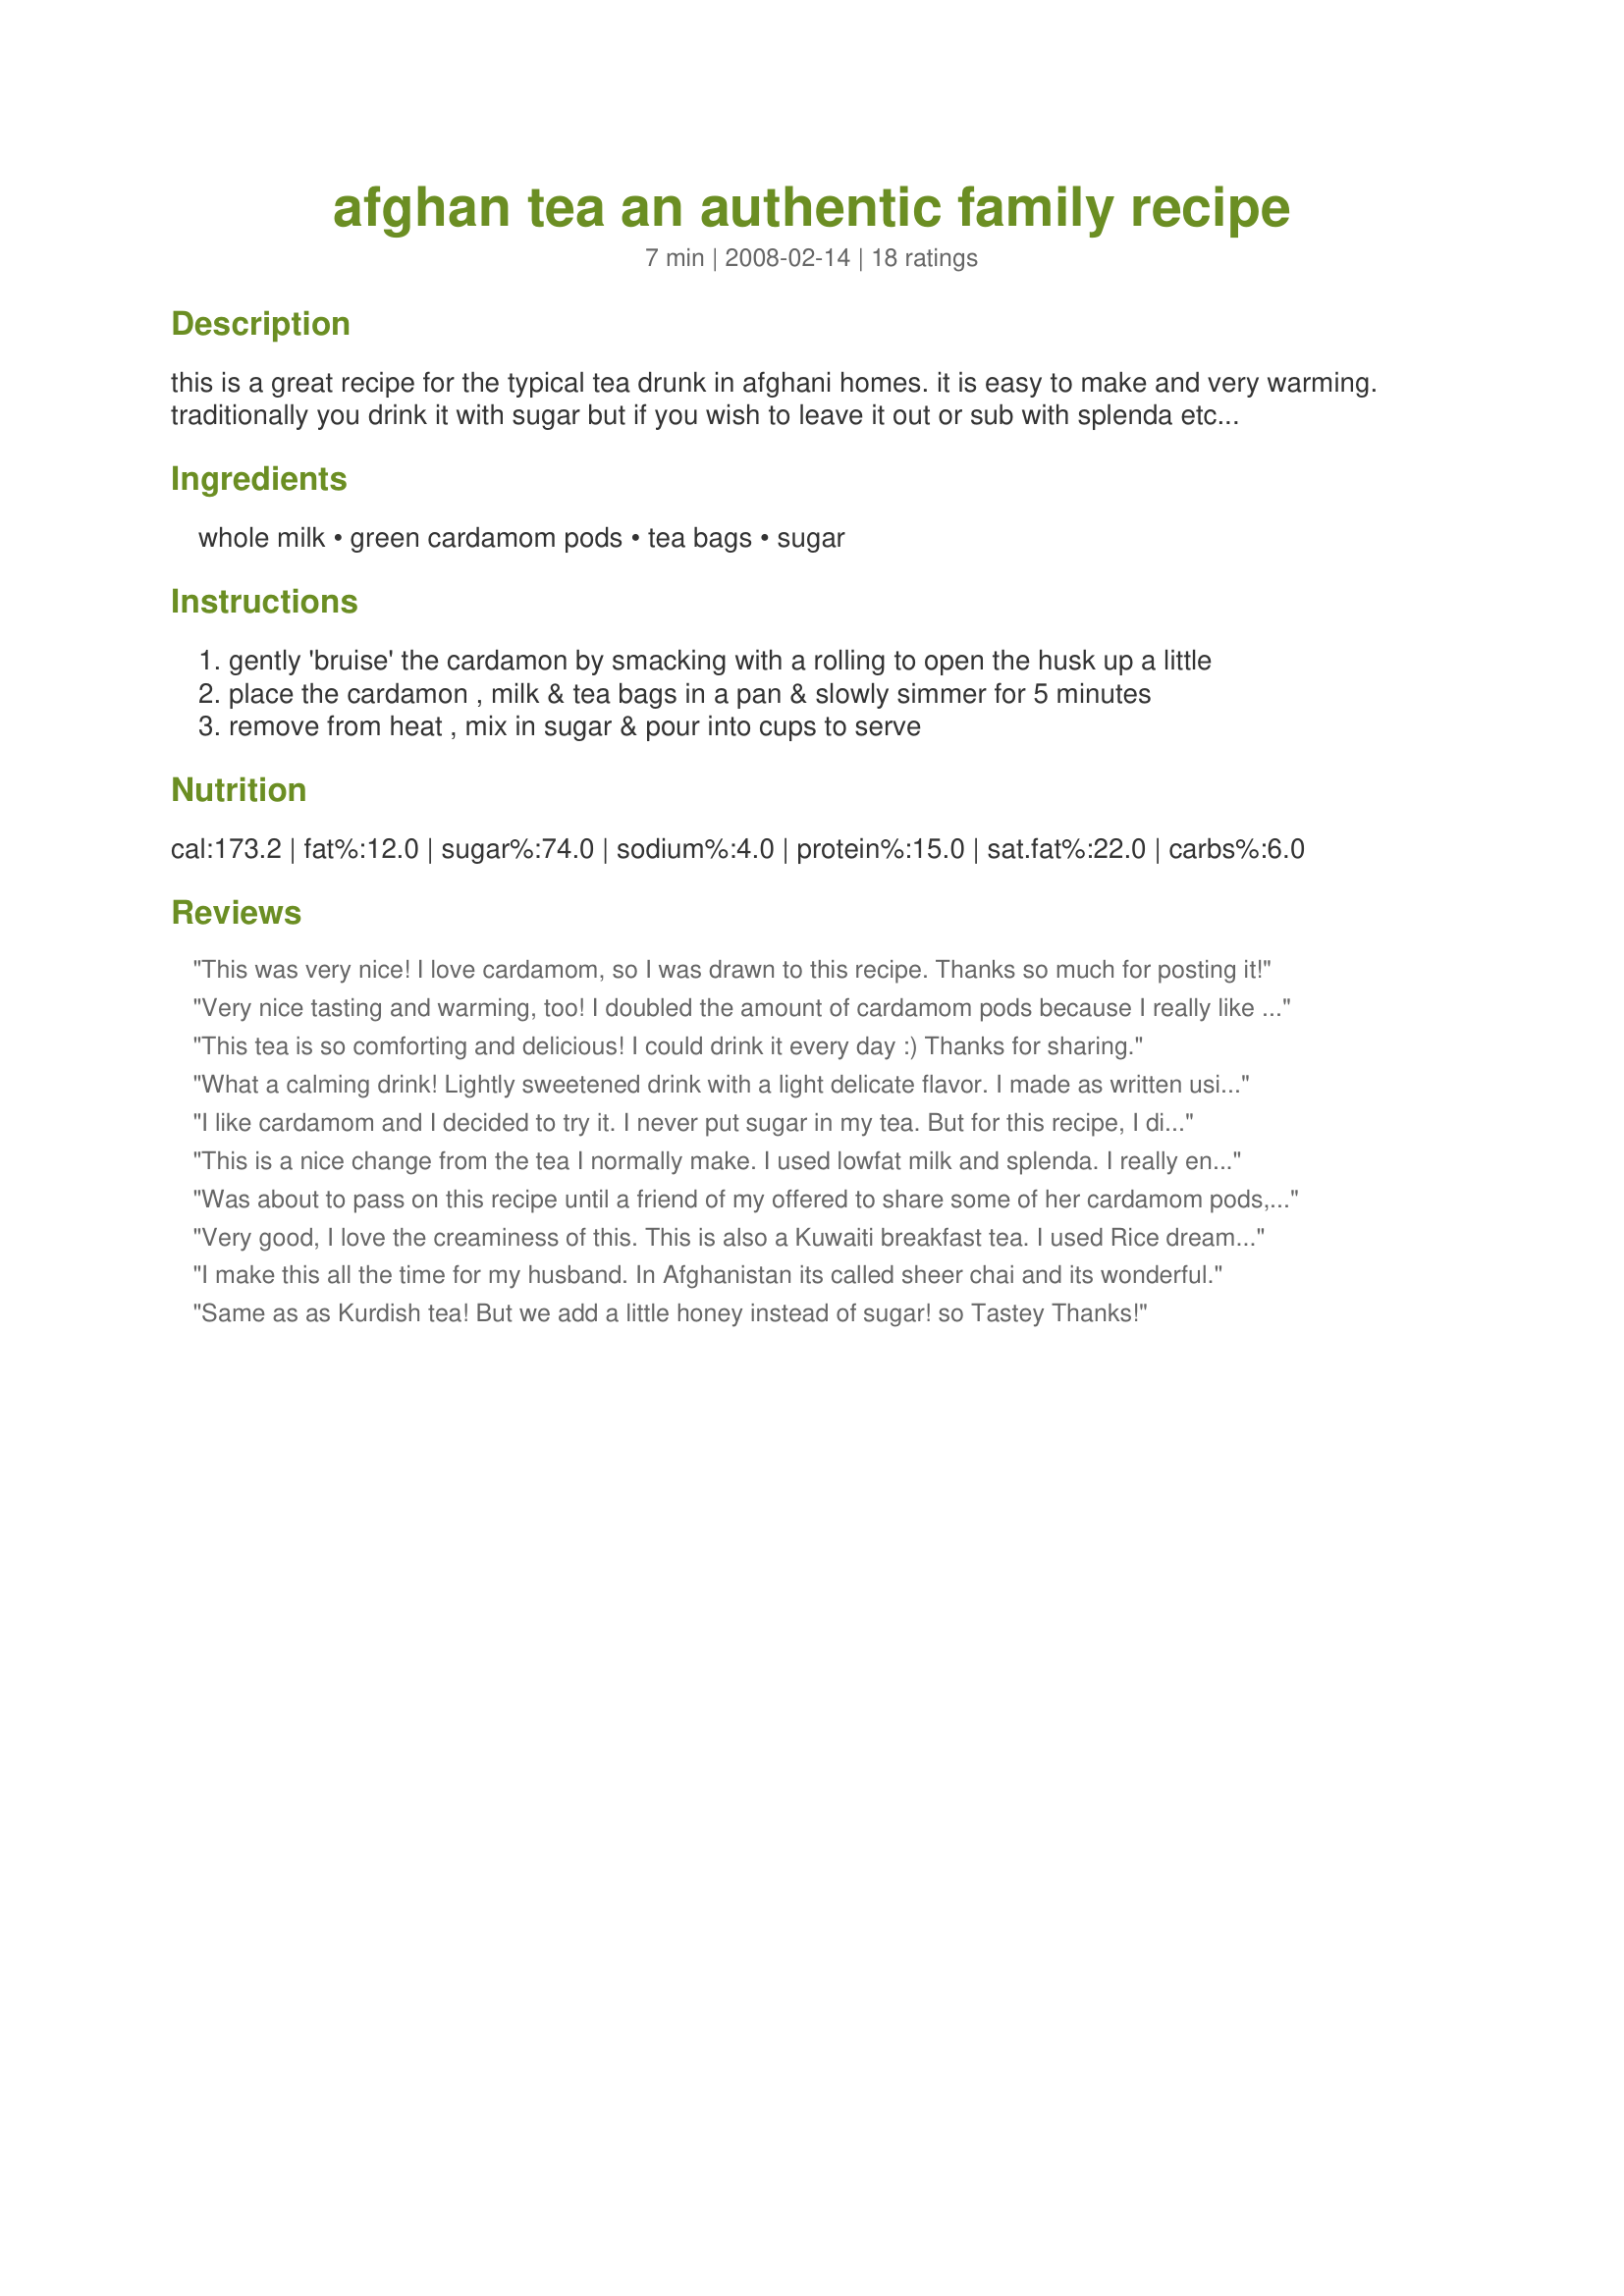
afghan tea an authentic family recipe
Preparation time: 7 minutes

this is a great recipe for the typical tea drunk in afghani homes. it is easy to make and very warming. traditionally you drink it with sugar but if you wish to leave it out or sub with splenda etc, that's ok!

Ingredients:
whole milk, green cardamom pods, tea bags, sugar

Steps:
gently 'bruise' the cardamon by smacking with a rolling to open the husk up a little
place the cardamon , milk & tea bags in a pan & slowly simmer for 5 minutes
remove from heat , mix in sugar & pour into cups to serve

Reviews:
This was very nice! I love cardamom, so I was drawn to this recipe. Thanks so much for posting it!
Very nice tasting and warming, too! I doubled the amount of cardamom pods because I really like the flavor of cardamom. Will be making this again!
This tea is so comforting and delicious! I could drink it every day :) Thanks for sharing.
What a calming drink! Lightly sweetened drink with a light delicate flavor. I made as written using honey as my sweetener. Thanks for the post.
I like cardamom and I decided to try it. I never put sugar in my tea. But for this recipe, I did. But I think I would have prefered it without sugar. I loved the texture. I did half the recipe (1 1/2 bag was needed but it's hard to divide so I used only 1 tea bag). Next time I'll try the whole recipe when I won't be alone to drink it. Thanks Um Safia. Made for ZWT 4
This is a nice change from the tea I normally make. I used lowfat milk and splenda. I really enjoyed this.
Was about to pass on this recipe until a friend of my offered to share some of her cardamom pods, so I brewed a cup for each of us! Sooo easy, & very nice to the taste buds! I usually go for 2% fat in milk, but used the whole kind this time around! Great tea! [Made & reviewed while in Asia on Zaar's World Tour 4]
Very good, I love the creaminess of this. This is also a Kuwaiti breakfast tea. I used Rice dream to be dairy free and an additional cardamom pod or 2 as I love the flavour. I used Lipton Yellow Label tea and white sugar. I might make this again. Made for Comfort Cafe - Snow Queens Round 01/10.
I make this all the time for my husband. In Afghanistan its called sheer chai and its wonderful.
Same as as Kurdish tea! But we add a little honey instead of sugar! so Tastey Thanks!
This is also a great way to prepare tea for little kids...excellent recipe!
This was the perfect drink for a rainy afternoon. It was warm and comforting, creamy with a subtle hint of chai spice- yet not overpoweringly so. Made with five cardamom pods and 1 Tbsp of demerera sugar as we prefer things not too sweet. Will definitely make again. Thanks so much.
I made this for hubby tonight and he said it was really yummy. I followed the instructions as written. Thank you Um Safia - *Made for Zaar World Tour 4*
This tea is a true delight! I loved the creaminess and the wonderful flavor. I didn't have any whole cardamom so I made a cardamom "teabag" by wrapping powdered cardamom in a paper coffee filter, then just steeped that along with the teabags. I used lowfat milk with good results. This recipe is a keeper - thanks for sharing it! Made for the Best of 2010 Event (recommended by Baby Kato)
tea mixed with milk? and with cardamom? hmmm a must try.. used chamomile tea here and yes! It's warm, and good, and sweet. Followed direction as is except I used ground cardamom in smaller amount (since it's ground) Worked for me! Once again, thank you Um Safia! Made for ZWT4.
I've been searching for the pefect chai recipe for quite some time and this is it! I use skim milk and spenda and it's still absolutely sinful! I think the key is steeping the tea right in the milk. It makes it so incredibly thick and creamy. Thanks for this wonderful recipe that I will continue to use again and agan!
I really liked this. I did use 1% milk instead of the whole milk as whole milk really makes me queasy. I also only used 2 teaspoons of sugar instead of 3 or 4 and found it more than sweet enough for my tastes. This was perfect on a day when I felt like I would be cold forever. Thanks for posting!
This was really delicious Um Safia, thanks for sharing your family recipe. I've never had tea steeped in milk before, I enjoyed the smooth, thick texture very much. I loved the cardamon flavoring in this sweet, rich, creamy tea. So glad I made this for ZWT 4. Updated...I just wanted to say that I enjoy this tea so much...I made it again for Comfort Cafe/10 I will never get tired of this tea recipe...it's perfect, it keeps you wanting more :)
